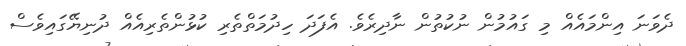
ދެވަނަ އިންމައެއް މި ގައުމުން ނުކުތުން ނާދިރެވެ. އެފަދަ ހިދުމަތްތެރި ކުޅުންތެރިއެއް ދުނިޔޭގައިވެސް